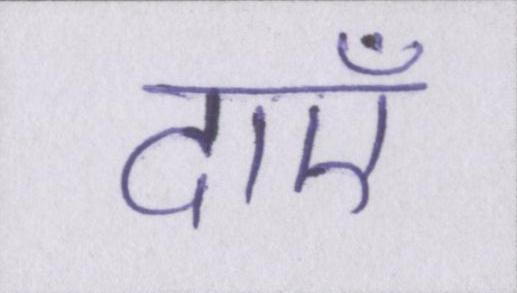
दाएँ